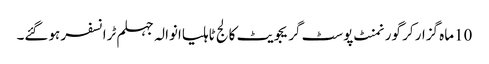
10ماہ گزار کر گورنمنٹ پوسٹ گریجویٹ کالج ٹاہلیاانوالہ جہلم ٹرانسفر ہوگئے۔